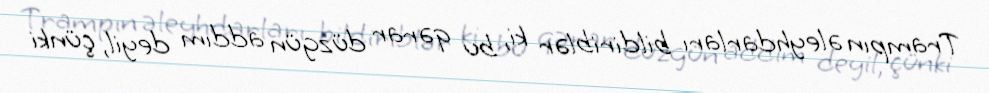
Trampın əleyhdarları bildiriblər ki, bu qərar düzgün addım deyil, çünki